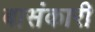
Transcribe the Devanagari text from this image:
बासंकारी